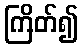
ကြိတ်၍